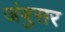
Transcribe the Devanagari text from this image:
जंबुसर